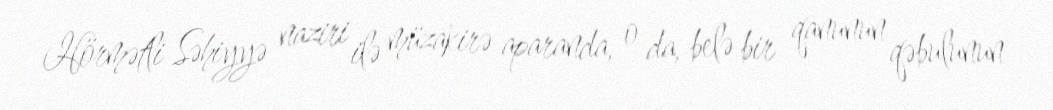
Hörmətli Səhiyyə naziri ilə müzakirə aparanda, o da, belə bir qanunun qəbulunun